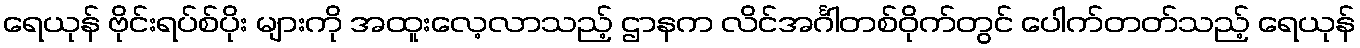
ရေယုန် ဗိုင်းရပ်စ်ပိုး များကို အထူးလေ့လာသည့် ဌာနက လိင်အင်္ဂါတစ်ဝိုက်တွင် ပေါက်တတ်သည့် ရေယုန်